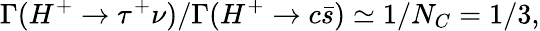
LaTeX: \Gamma(H^{+}\to\tau^{+}\nu)/\Gamma(H^{+}\to c\bar{s})\simeq 1/N_{C}=1/3,